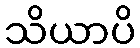
သိယာပိ